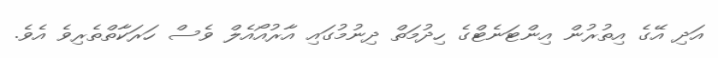
އަދި އޭގެ އިތުރުން އިންޓަނެޓްގެ ހިދުމަތް ދިނުމުގައި އާރުއޯއެލް ވެސް ހަރަކާތްތެރިވެ އެވެ.